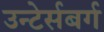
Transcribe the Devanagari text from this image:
उन्टेर्सबर्ग